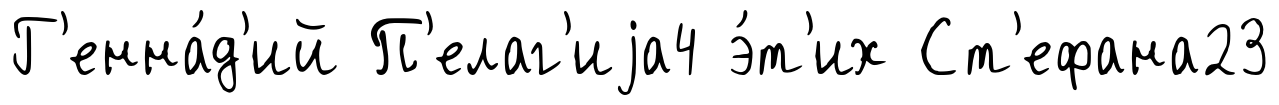
Г'енна́д'ий П'елаг'иjа4 э́т'их Ст'ефана23